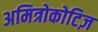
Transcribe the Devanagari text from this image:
अमित्रोकोटिज़